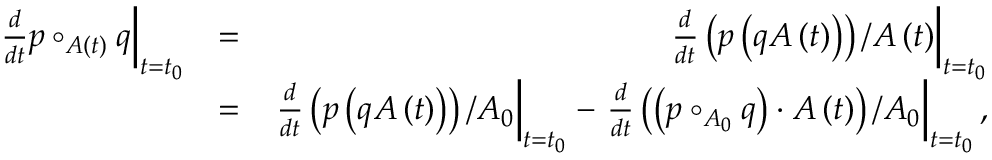
\begin{array} { r l r } { \left. \frac { d } { d t } p \circ _ { A \left( t \right) } q \right\vert _ { t = t _ { 0 } } } & { = } & { \left. \frac { d } { d t } \left( p \left( q A \left( t \right) \right) \right) / A \left( t \right) \right\vert _ { t = t _ { 0 } } } \\ & { = } & { \left. \frac { d } { d t } \left( p \left( q A \left( t \right) \right) \right) / A _ { 0 } \right\vert _ { t = t _ { 0 } } - \left. \frac { d } { d t } \left( \left( p \circ _ { A _ { 0 } } q \right) \cdot A \left( t \right) \right) / A _ { 0 } \right\vert _ { t = t _ { 0 } } , } \end{array}